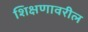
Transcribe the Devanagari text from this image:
शिक्षणावरील